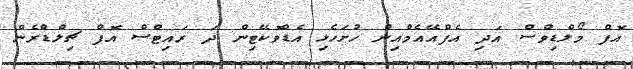
އޮފް މޯލްޑިވްސް އަދި އެފްއޭއެމްއިން ހުށަހެޅި އެޑްވޮކޭޓިން ދަ ރައިޓްސް އޮފް ޗިލްޑްރެން